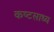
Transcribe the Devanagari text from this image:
कष्‍टसाध्‍य